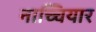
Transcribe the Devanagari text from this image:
नाच्चियार